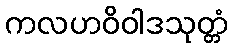
ကလဟဝိဝါဒသုတ္တံ